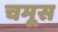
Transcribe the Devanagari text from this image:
चमूस